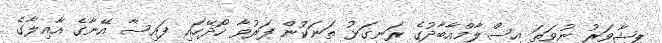
ޕިޝާވަރު ނުވަތަ އިސްލާމްއާބާދުގެ ރަނގަޅު ތަނަކުން ފަރުވާ ހޯދޭހައި ފައިސާ އޭނާގެ އާއިލާގެ